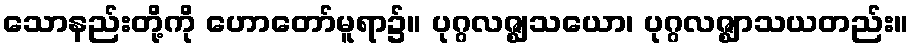
သောနည်းတို့ကို ဟောတော်မူရာ၌။ ပုဂ္ဂလဇ္ဈသယော၊ ပုဂ္ဂလဇ္ဈာသယတည်း။